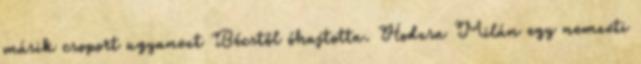
másik csoport ugyanezt Bécstől óhajtotta. Hodzsa Milán egy nemzeti